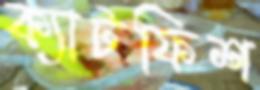
ক্যাটফিশ